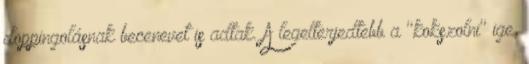
doppingolásnak becenevet is adtak. A legelterjedtebb a "kokszolni" ige,